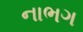
નાભગ